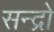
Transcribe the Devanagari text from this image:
सन्द्रो